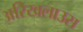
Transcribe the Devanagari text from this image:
अरिखलाउस